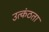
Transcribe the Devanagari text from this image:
उत्कंठता